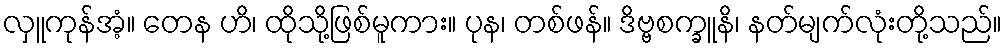
လှူကုန်အံ့။ တေန ဟိ၊ ထိုသို့ဖြစ်မူကား။ ပုန၊ တစ်ဖန်။ ဒိဗ္ဗစက္ခူနိ၊ နတ်မျက်လုံးတို့သည်။